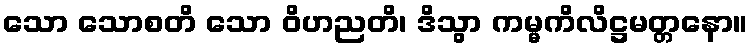
သော သောစတိ သော ဝိဟညတိ၊ ဒိသွာ ကမ္မကိလိဋ္ဌမတ္တနော။